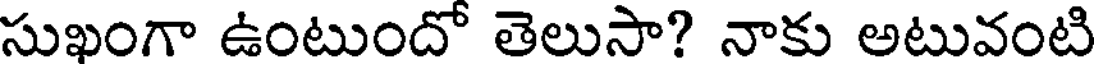
సుఖంగా ఉంటుందో తెలుసా? నాకు అటువంటి